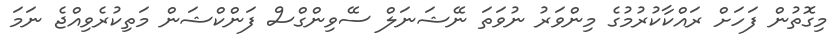
މިގޮތުން ފަހަށް ރައްކާކުރުމުގެ މިންވަރު ނުވަތަ ނޭޝަނަލް ސޭވިންގްސް ފަންކްޝަން މަތިކުރެވިއްޖެ ނަމަ